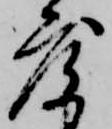
度